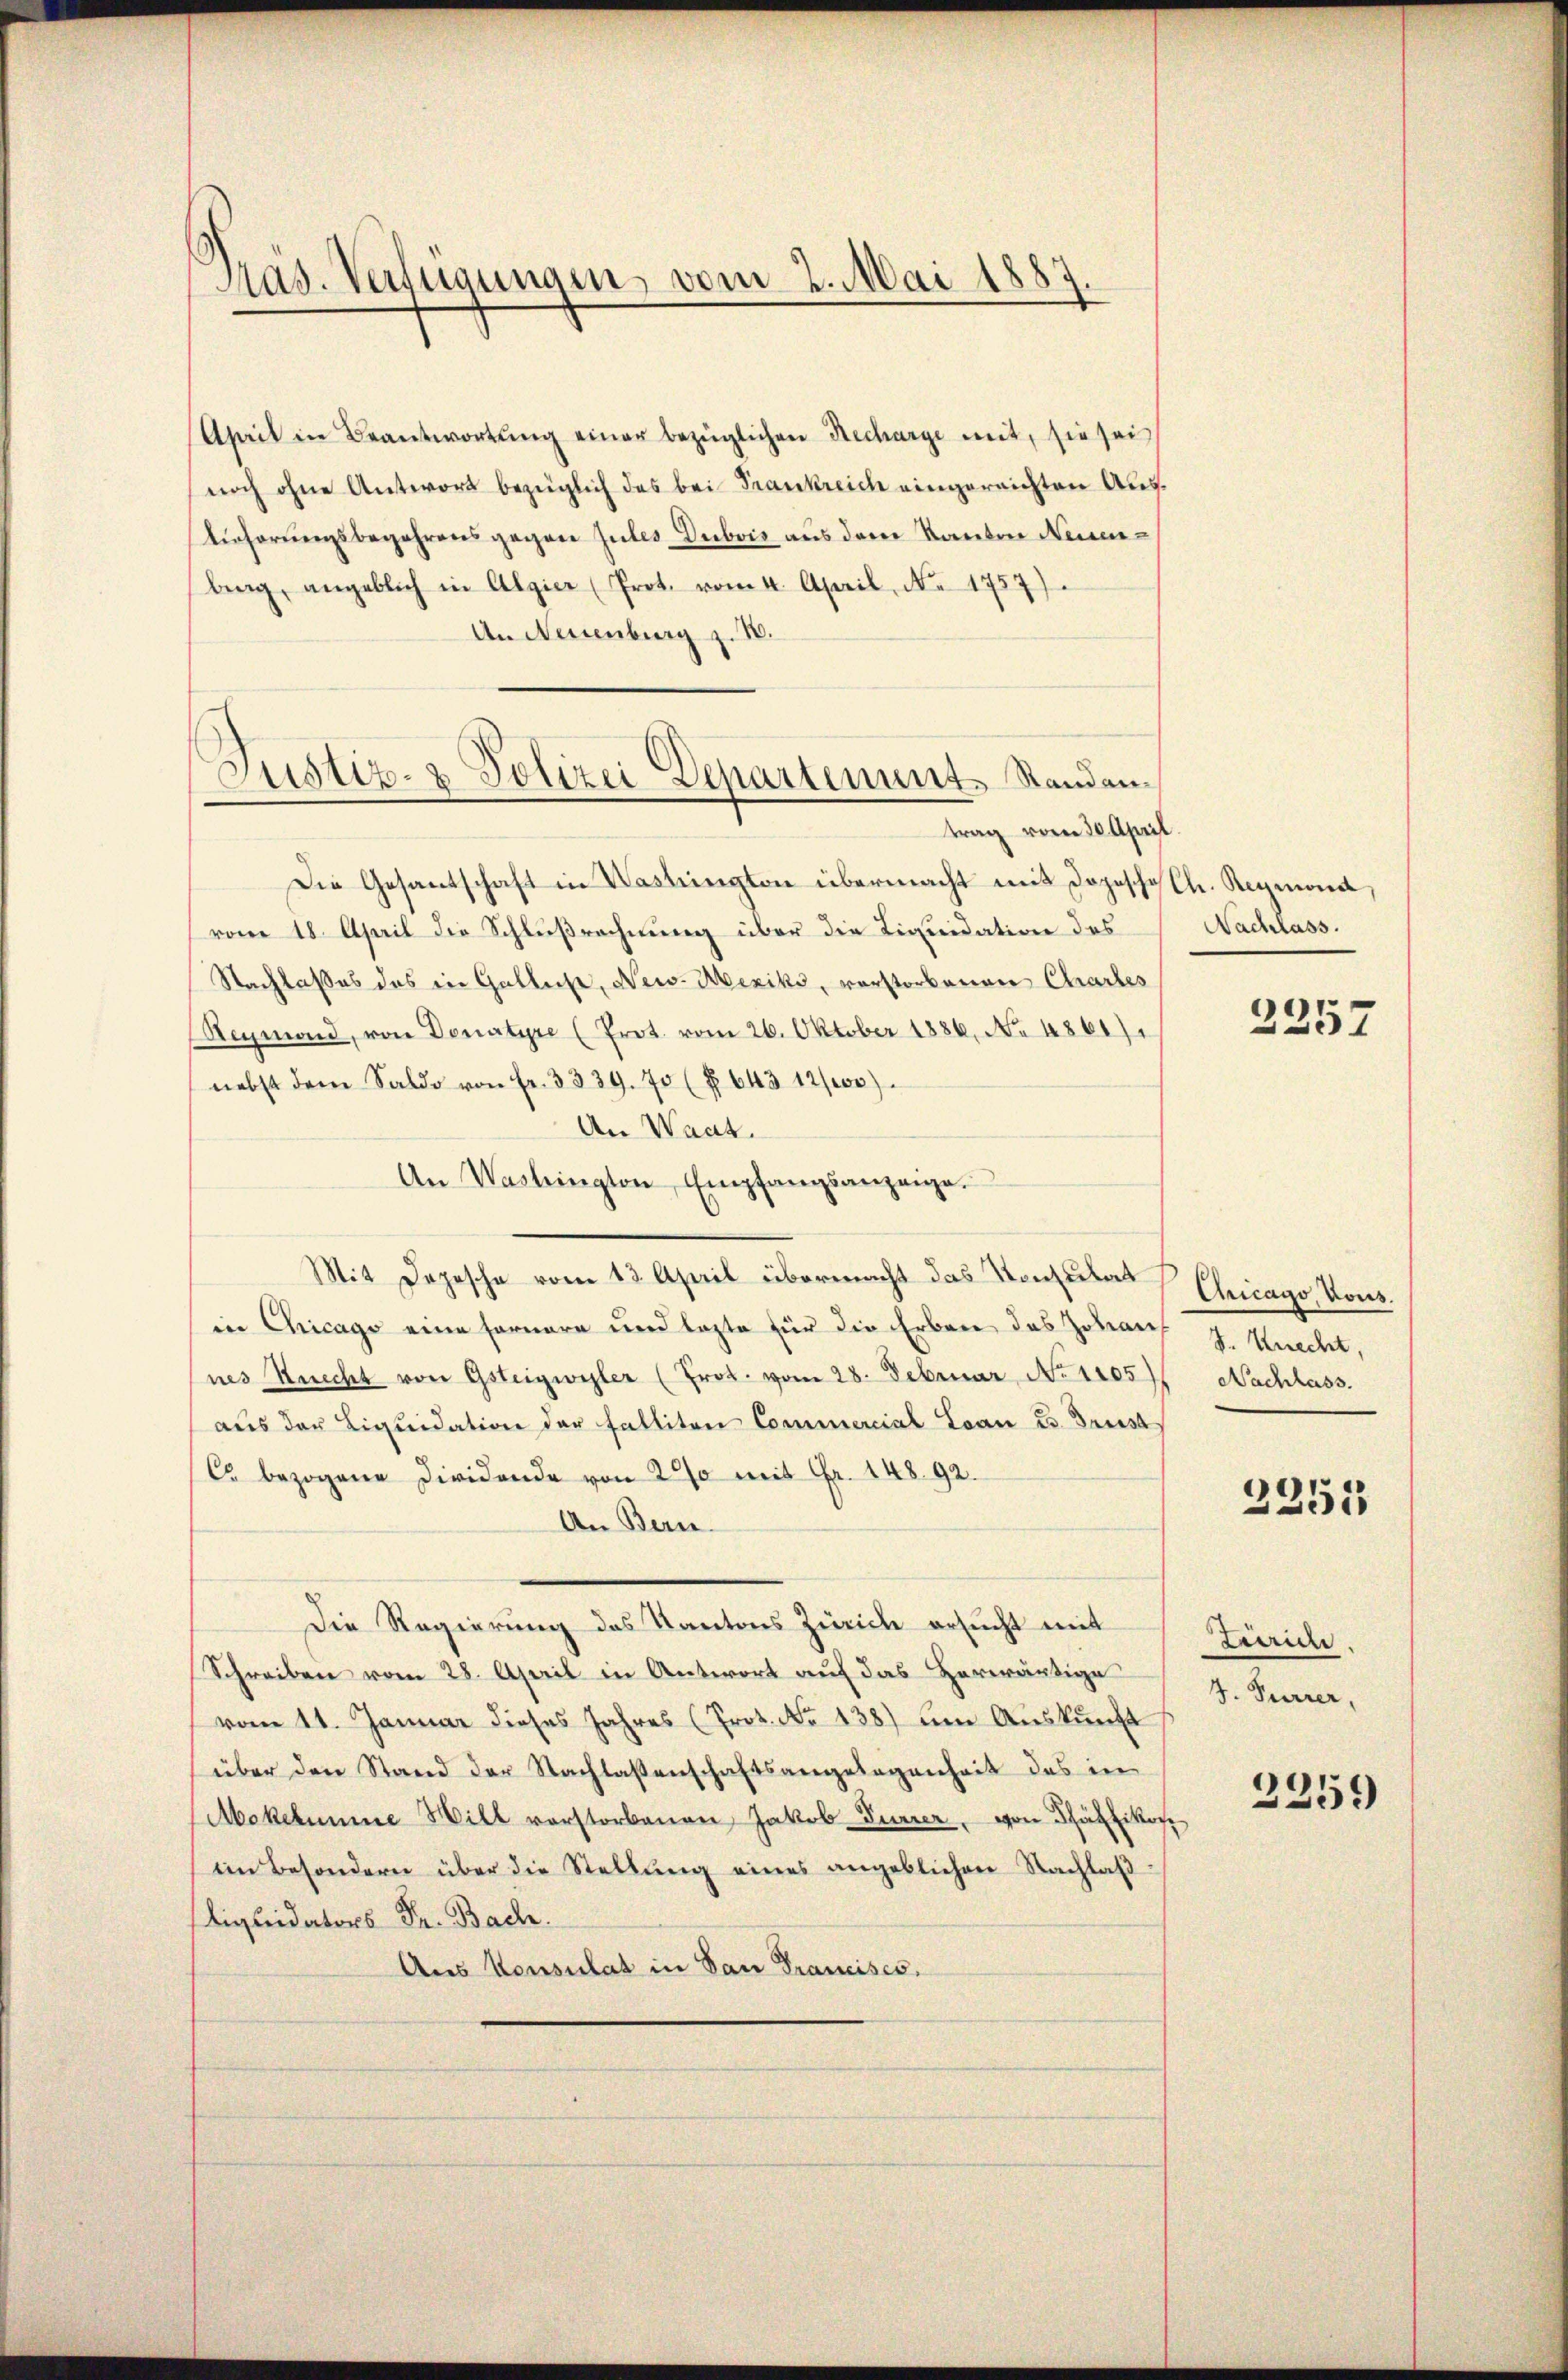
Präs. Verfügungen, vom 2. Mai 1887.

April in Beantwortung einer bezüglichen Recharge mit, sie sei
noch ohne Antwort bezüglich das bei Frankreich eingereichten Auslicherungsbegehrens gegen Jules Dubois aus dem Kanton Neuenbrag, angeblich in Algier (Prot. vom 4. April, No. 1757).
An Neuenburg z. B.
Die Gesantschaft in Washington übermacht mit Dopische Ch. Reymona,
vom 18. April die Schlußrechnung über die Liquidation des
Nachlaßes des in Gatliche, New- Mexiko, vorstorbenen Chartes
Reymond, von Donatyre (Prot. vom 26. Oktober 1886, No 4861).
nebst dem Saldo von fr. 3339. 70 (§ 643 12/00)
An Waat.
An Washington Empfangsanzeige.
Mit Depesche vom 13. April übermacht das Konsulat
in Chicago eine Fornere und lezte für die Erben des Johans J. Knecht,
nes Knecht von Gsteigwyler (Prot. vom 28. Februar, No 1105) Nachhass.
aus der Liquidation der Falliten Commercial Loan u. Brust
C bezogene Dividende von 200 mit Fr. 14892.
An Bern.
Die Regierung des Kantons Zürich ersucht mit
Schreiben vom 28. April in Antwort auf das Herwärtige
vom 11. Januar dieses Jahres (Prot. No 138) um Auskunft
über den Stand der Nachlaßenschaftsangelegenheit das in
Mokelmine Will vorstorbenen Jakob-Durrer, von Schätziko
im Besondern über die Stellŭng eines angeblichen Nachlaβ
Liquidators Dr. Bach.
Aus Konsulat in San Franciscs.

Justiz- & Polizei Departement. Standantrag vom 20. April.

Nachlass.

2257

Chicago, Vous.

2251

Zeride
J. Furrer,

2259)